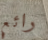
رائع